Report of the Imperial Institute of Veterinary Research, Muktesar
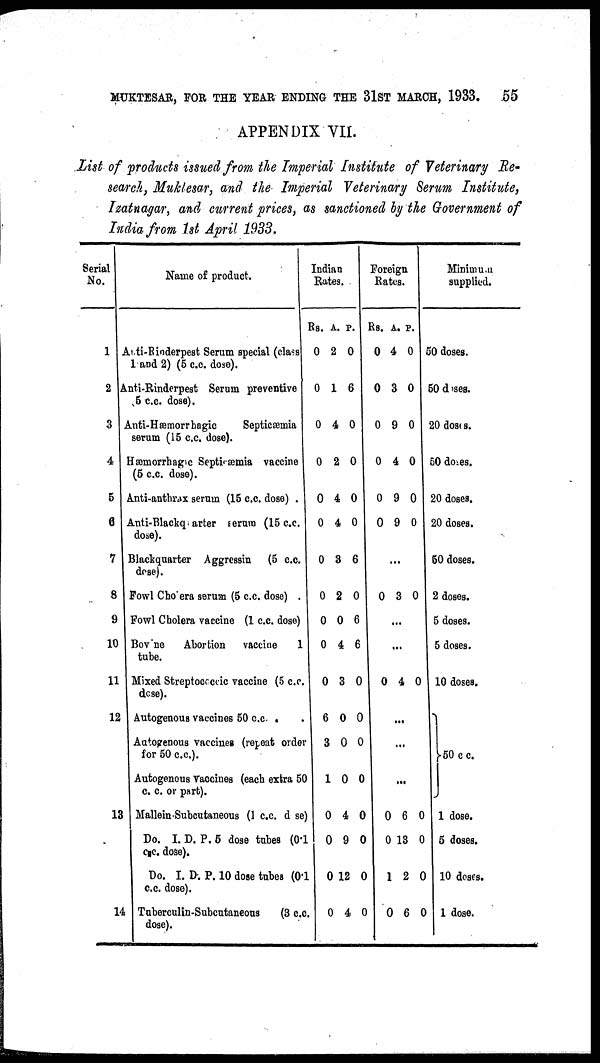
MUKTESAR, FOR THE YEAR ENDING THE 31ST MARCH, 1933. .55
APPENDIX VII.
List of products issued from the Imperial Institute of Veterinary Re¬
search, Muktesar, and the Imperial Veterinary Serum Institute,
Izatnagar, and current prices, as sanctioned by the Government of
India from 1st April 1933.
Serial
No.
1
2
3
4
5
6
7
8
9
10
11
12
13
14
Name of product.
Anti-Rinderpest Serum special (class
1 and 2) (5 c.c. dose).
Anti-Rinderpest Serum preventive
5 c.c. dose).
Anti-Hæmorrhagic
Septicæmia
serum (15 c.c. dose).
Hæmorrhagic Septicæmia vaccine
(5 c.c. dose).
Anti-anthrax serum (15 c.c. dose) .
Anti-Blackquarter serum (15 c.c.
dose).
Blackquarter Aggressin
(5 c.c.
dose).
Fowl Cholera serum (5 c.c. dose) .
Fowl Cholera vaccine (1 c.c. dose)
Bovine
Abortion
vaccine
1
tube.
Mixed Streptococcic vaccine (5 c.c.
dose).
Autogenous vaccines 50 c.c .
.
Autogenous vaccines (repeat order
for 50 c.c).
Autogenous Vaccines (each extra 50
c. c. or part).
Mallein-Subcutaneous (1 c.c. dose
Do. I. D. P. 5 dose tubes (0.1
c.c. dose).
Do. I. D. P. 10 dose tubes (0.1
c.c. dose).
Tuberculin-Subcutaneous
(3 c.c.
dose).
Indian
Rates.
Rs.
0
0
0
0
0
0
0
0
0
0
0
6
3
1
0
0
0
0
A.
2
1
4
2
4
4
3
2
0
4
3
0
0
0
4
9
12
4
P.
0
6
0
0
0
0
6
0
6
6
0
0
0
0
0
0
0
0
Foreign
Rates.
Rs.
0
0
0
0
0
0
0
0
0
0
1
0
A.
4
3
9
4
9
9
...
3
...
...
4
...
...
...
6
13
2
6
P.
0
0
0
0
0
0
0
0
0
0
0
0
Minimum
supplied.
50 doses.
50 doses.
20 doses.
50 doses.
20 doses.
20 doses.
50 doses.
2 doses.
5 doses.
5 doses.
10 doses.
} 50 c.c.
1 dose.
5 doses.
10 doses.
1 dose.